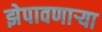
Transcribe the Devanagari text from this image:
झेपावणाऱ्या